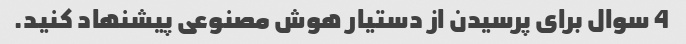
4 سوال برای پرسیدن از دستیار هوش مصنوعی پیشنهاد کنید.